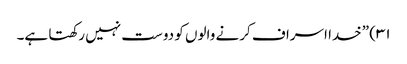
۳۱) ”خدا اسراف کرنے والوں کو دوست نہیں رکھتا ہے۔